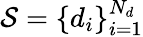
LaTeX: \mathcal{S}=\{ d_{i}\} _{i=1}^{N_{d}}